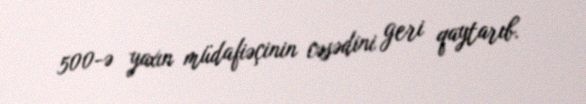
500-ə yaxın müdafiəçinin cəsədini geri qaytarıb.